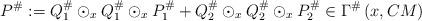
LaTeX: \begin{align*}P^\#:=Q_{1}^{\#}\odot _{x}Q_{1}^{\#}\odot _{x}P_{1}^{\#}+Q_{2}^{\#}\odot_{x}Q_{2}^{\#}\odot _{x}P_{2}^{\#}\in \Gamma ^{\#}\left( x,CM\right) \end{align*}